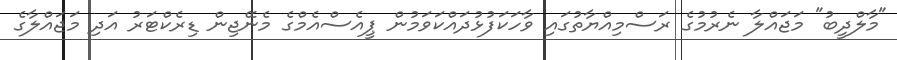
"މާލްދީބު" މަޖައްލާ ނެރުމުގެ ރަސްމިއްޔާތުގައި ވާހަކަފުޅުދައްކަވަމުން ޕީއެސްއެމްގެ މެނޭޖިން ޑިރެކްޓަރު އަދި މަޖައްލާގެ